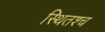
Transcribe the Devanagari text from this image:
स्थितश्च